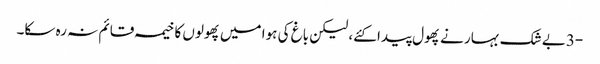
-3بے شک بہار نے پھول پیدا کئے، لیکن باغ کی ہوا میں پھولوں کا خیمہ قائم نہ رہ سکا۔